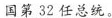
国第32任总统。